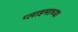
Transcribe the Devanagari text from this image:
प्लाझ्माच्या